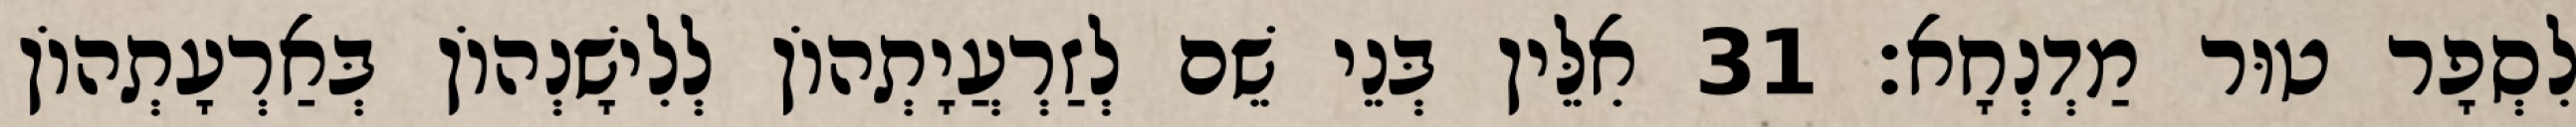
לִסְפָר טוּר מַדְנְחָא׃ 31 אִלֵּין בְּנֵי שֵׁם לְזַרְעֲיָתְהוֹן לְלִישָׁנְהוֹן בְּאַרְעָתְהוֹן